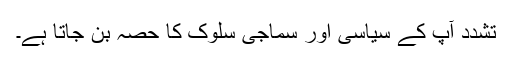
تشدد آپ کے سیاسی اور سماجی سلوک کا حصہ بن جاتا ہے۔